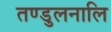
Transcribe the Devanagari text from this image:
तण्डुलनालि